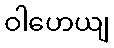
ဝါဟေယျ